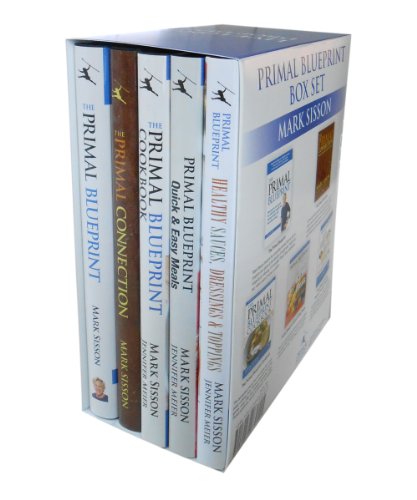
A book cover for Primal Blueprint Box Set: A collection of five hardcover Primal Blueprint books; Jennifer Meier; Cookbooks, Food & Wine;